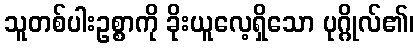
သူတစ်ပါးဥစ္စာကို ခိုးယူလေ့ရှိသော ပုဂ္ဂိုလ်၏၊